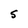
Character: S